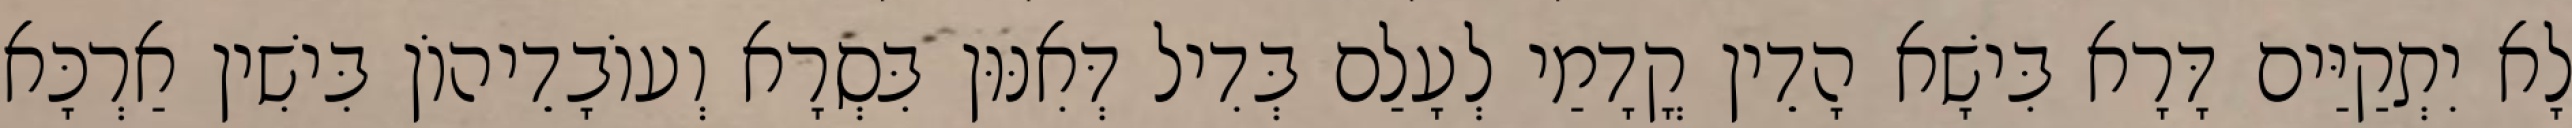
לָא יִתְקַיַּים דָּרָא בִּישָׁא הָדֵין קֳדָמַי לְעָלַם בְּדִיל דְּאִנּוּן בִּסְרָא וְעוֹבָדֵיהוֹן בִּישִׁין אַרְכָּא